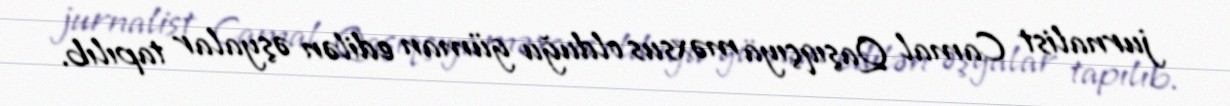
jurnalist Camal Qaşıqçıya məxsus olduğu güman edilən əşyalar tapılıb.